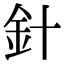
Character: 針